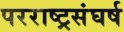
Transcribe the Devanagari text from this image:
परराष्ट्रसंघर्ष